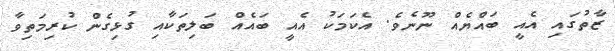
ޒާތުގައި އެއީ ބައްޔެއް ނޫނެވެ. އެކަމަކު އެއީ ބައެއް ބަލިތަކާއި ގުޅިގެން ކުރިމަތިވާ